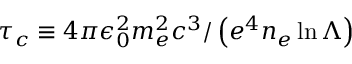
\tau _ { c } \equiv 4 \pi \epsilon _ { 0 } ^ { 2 } m _ { e } ^ { 2 } c ^ { 3 } / \left( e ^ { 4 } n _ { e } \ln \Lambda \right)